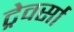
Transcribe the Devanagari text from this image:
ट्रेवर्सा